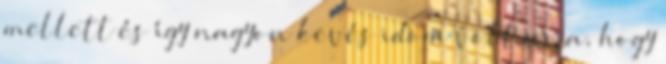
mellett és így nagyon kevés idõm volt arra, hogy